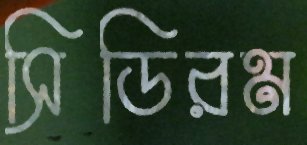
সিডিরম